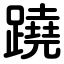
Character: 蹺